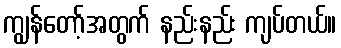
ကျွန်တော့်အတွက် နည်းနည်း ကျပ်တယ်။